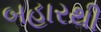
બહારથી